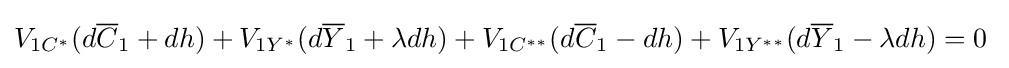
V_{1C^{*}}(d{\overline {C}}_{1}+dh)+V_{1Y^{*}}(d{\overline {Y}}_{1}+\lambda dh)+V_{1C^{**}}(d{\overline {C}}_{1}-dh)+V_{1Y^{**}}(d{\overline {Y}}_{1}-\lambda dh)=0\;